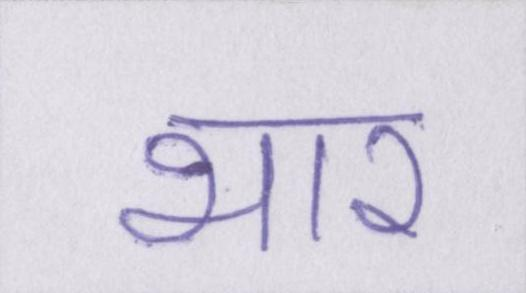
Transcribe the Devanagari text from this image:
भार